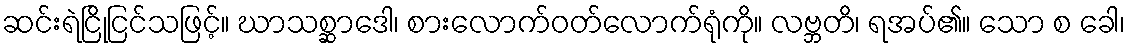
ဆင်းရဲငြိုငြင်သဖြင့်။ ဃာသစ္ဆာဒေါ၊ စားလောက်ဝတ်လောက်ရုံကို။ လဗ္ဘတိ၊ ရအပ်၏။ သော စ ခေါ၊